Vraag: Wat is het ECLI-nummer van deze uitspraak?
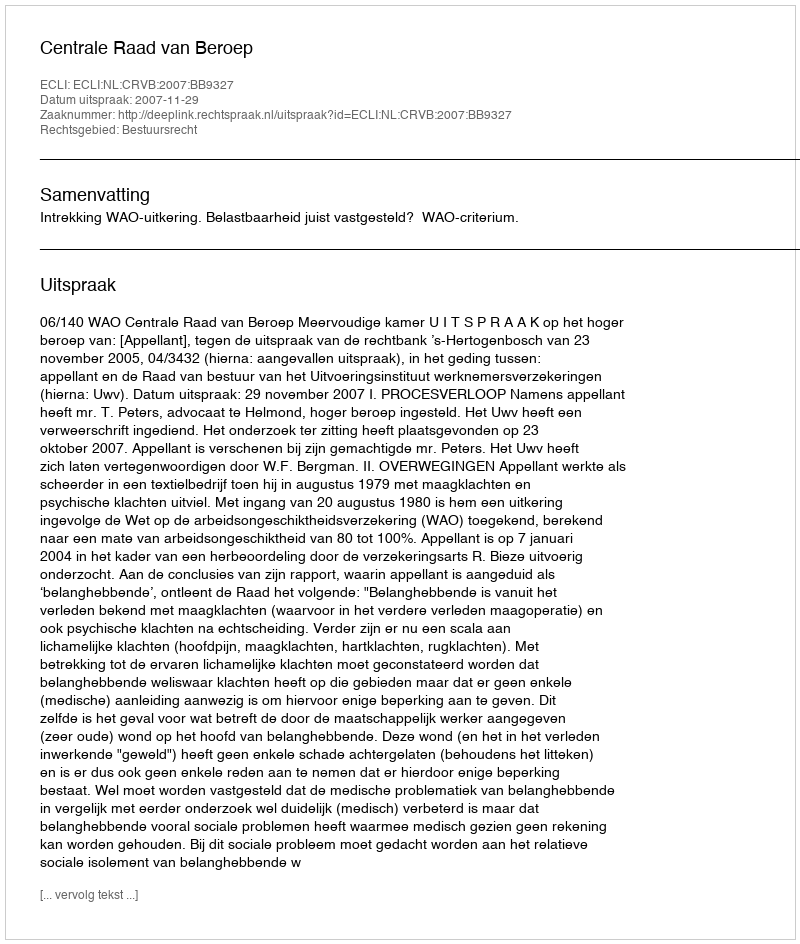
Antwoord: ECLI:NL:CRVB:2007:BB9327